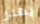
يهدر